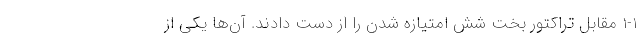
1-1 مقابل تراکتور بخت شش امتیازه شدن را از دست دادند. آن‌ها یکی از